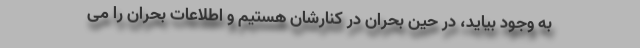
به وجود بیاید، در حین بحران در کنارشان هستیم و اطلاعات بحران را می